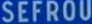
SEFROU